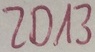
Text: ZD13